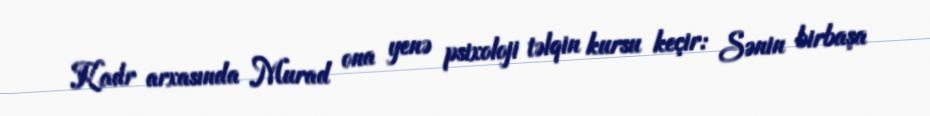
Kadr arxasında Murad ona yenə psixoloji təlqin kursu keçir: Sənin birbaşa